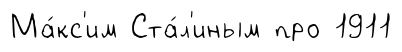
Ма́кс'им Ста́л'иным про 1911